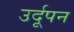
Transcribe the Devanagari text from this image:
उर्दूपन